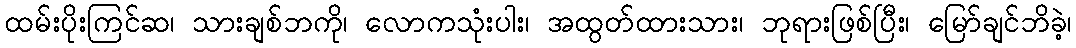
ထမ်းပိုးကြင်ဆ၊ သားချစ်ဘကို၊ လောကသုံးပါး၊ အထွတ်ထားသား၊ ဘုရားဖြစ်ပြီး၊ မြော်ချင်ဘိခဲ့၊